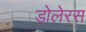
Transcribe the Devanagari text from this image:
डोलेरस